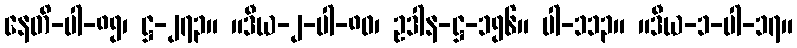
နေတိ-ပါ-၈၅၊ ဋ္ဌ-၂၇၃။ ။ဒီယ-၂-ပါ-၈၀၊ ဥဒါန-ဋ္ဌ-၁၅၆။ ပါ-၁၁၃။ ။ဒီယ-၁-ပါ-၁၇။